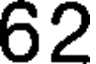
62